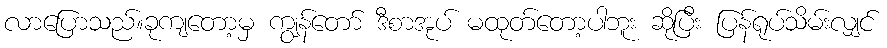
လာပြောသည်။ခုကျတော့မှ ကျွန်တော် ဒီစာအုပ် မထုတ်တော့ပါဘူး ဆိုပြီး ပြန်ရုပ်သိမ်းလျှင်